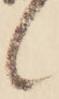
候